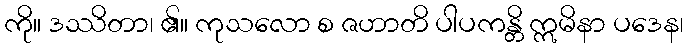
ကို။ ဒဿိတာ၊ ၏။ ကုသလော စ ဇဟာတိ ပါပကန္တိ ဣမိနာ ပဒေန၊